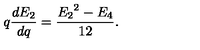
q \frac { d E _ { 2 } } { d q } = \frac { { E _ { 2 } } ^ { 2 } - E _ { 4 } } { 1 2 } .